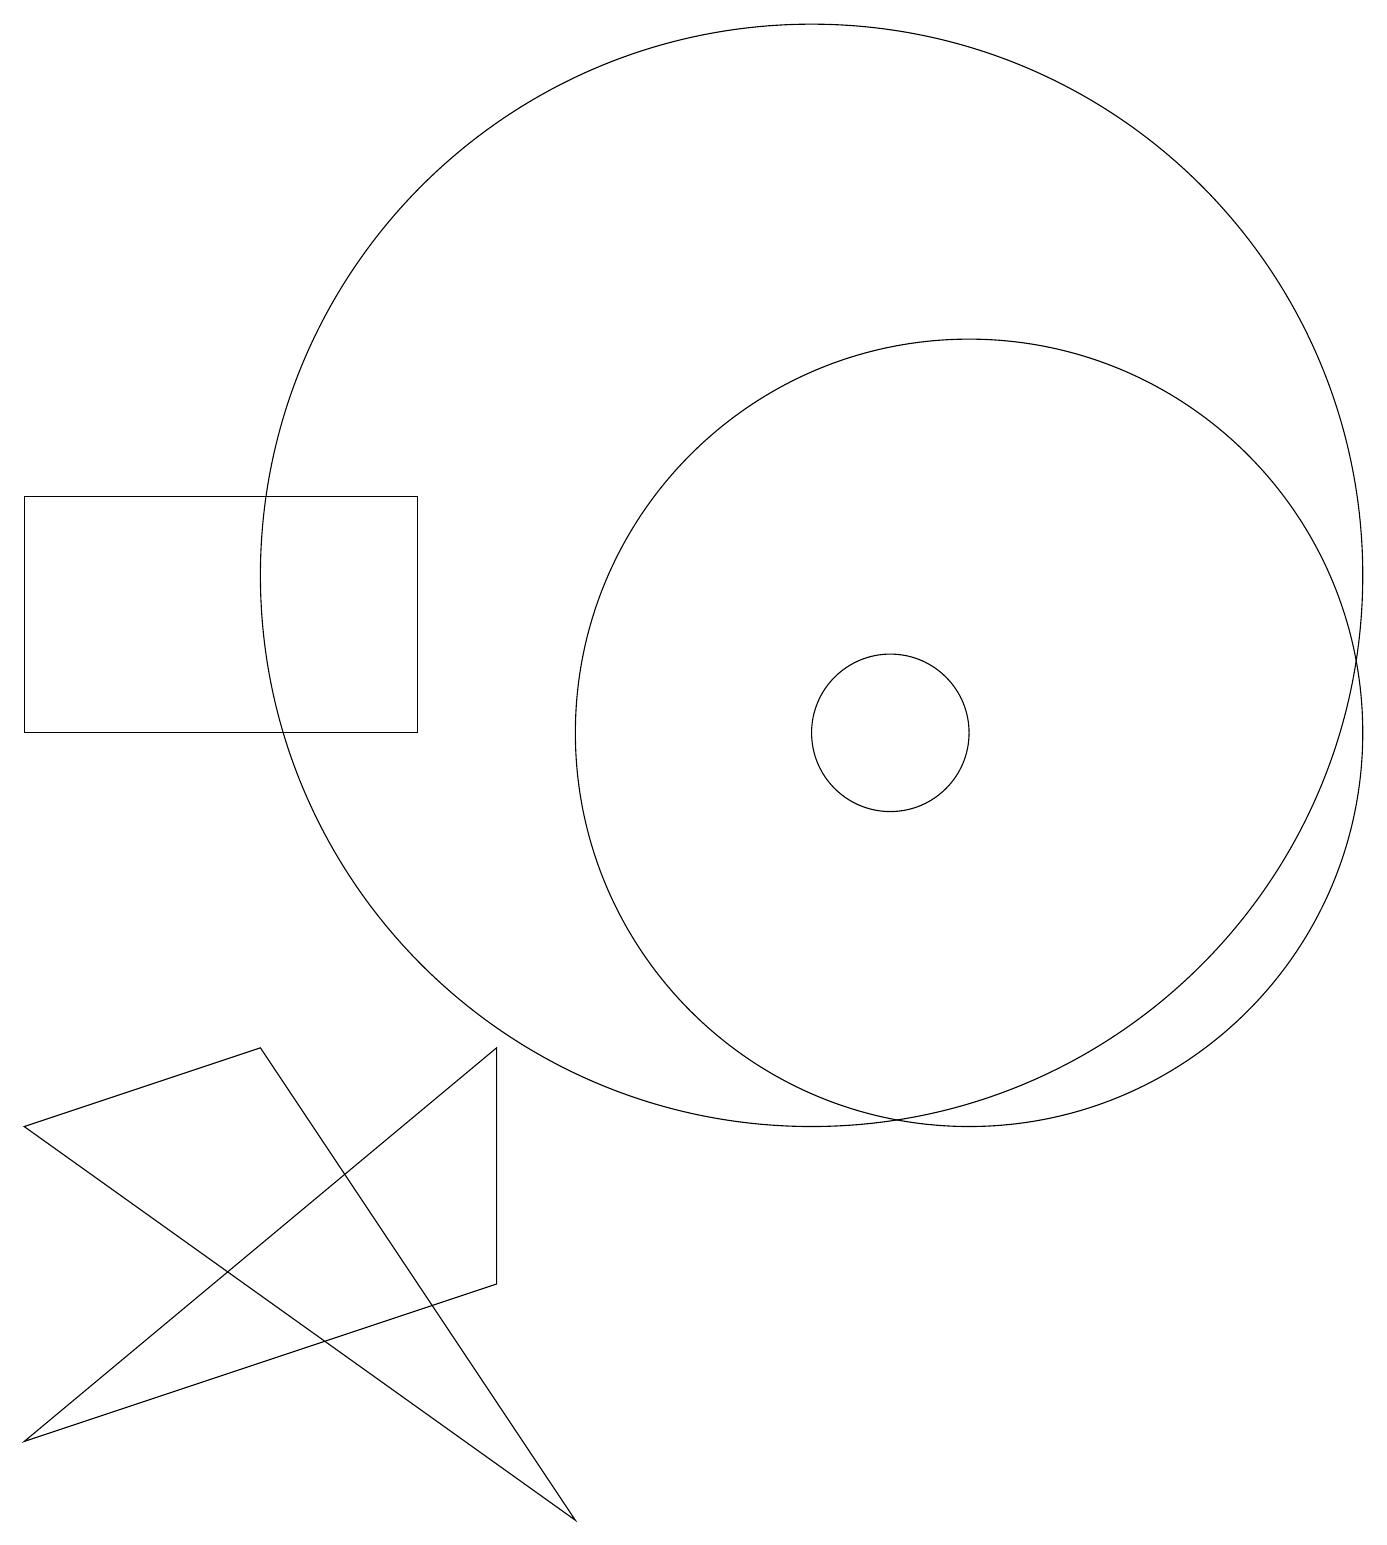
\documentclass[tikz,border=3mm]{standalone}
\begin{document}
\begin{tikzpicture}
\draw (12,10) circle (5);
\draw (10,12) circle (0);
\draw (6,3) -- (0,1) -- (6,6) -- cycle;
\draw (0,5) -- (3,6) -- (7,0) -- cycle;
\draw (11,10) circle (1);
\draw (0,10) rectangle (5,13);
\draw (10,12) circle (7);
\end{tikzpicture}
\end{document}